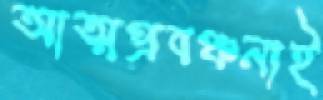
আত্মপ্রবঞ্চনাই